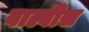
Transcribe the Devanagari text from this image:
वाल्वीस